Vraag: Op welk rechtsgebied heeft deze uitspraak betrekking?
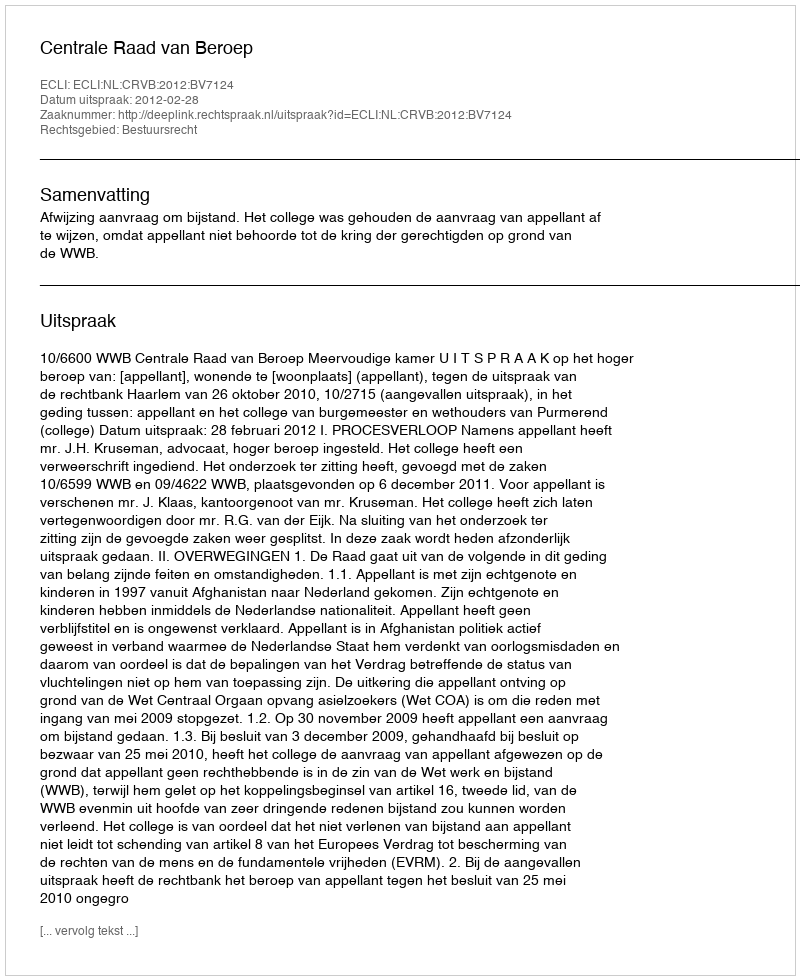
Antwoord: Bestuursrecht